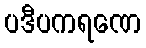
ပဒီပကရဏေ